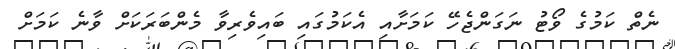
ނެތް ކަމުގެ ވޯޓު ނަގަންޖެހޭ ކަމަށާއި އެކަމުގައި ބައިވެރިވާ މެންބަރަކަށް ވާނެ ކަމަށް